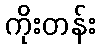
ကိုးတန်း